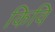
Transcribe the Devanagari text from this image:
किवि